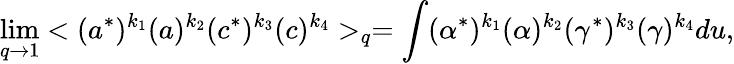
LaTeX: \operatorname*{lim}_{q\to 1}<(a^{*})^{k_{1}}(a)^{k_{2}}(c^{*})^{k_{3}}(c)^{k_{4}}>_{q}=\int(\alpha^{*})^{k_{1}}(\alpha)^{k_{2}}(\gamma^{*})^{k_{3}}(\gamma)^{k_{4}}du,